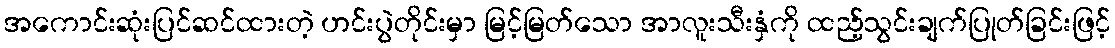
အကောင်းဆုံးပြင်ဆင်ထားတဲ့ ဟင်းပွဲတိုင်းမှာ မြင့်မြတ်သော အာလူးသီးနှံကို ထည့်သွင်းချက်ပြုတ်ခြင်းဖြင့်